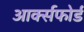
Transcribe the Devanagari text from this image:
आर्क्सफोर्ड